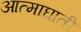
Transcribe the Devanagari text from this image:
आत्माघाती